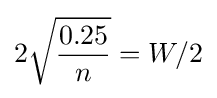
2{\sqrt {\frac {0.25}{n}}}=W/2